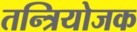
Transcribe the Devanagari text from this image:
तन्त्रियोजक